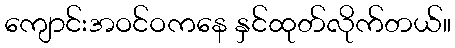
ကျောင်းအဝင်ဝကနေ နှင်ထုတ်လိုက်တယ်။